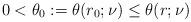
LaTeX: \begin{align*}0<\theta_0:=\theta(r_0;\nu)\leq\theta(r;\nu)\end{align*}